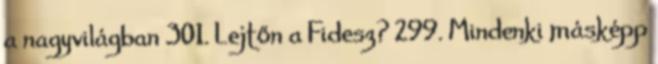
a nagyvilágban 301. Lejtőn a Fidesz? 299. Mindenki másképp